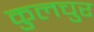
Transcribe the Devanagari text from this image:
कुलचुर